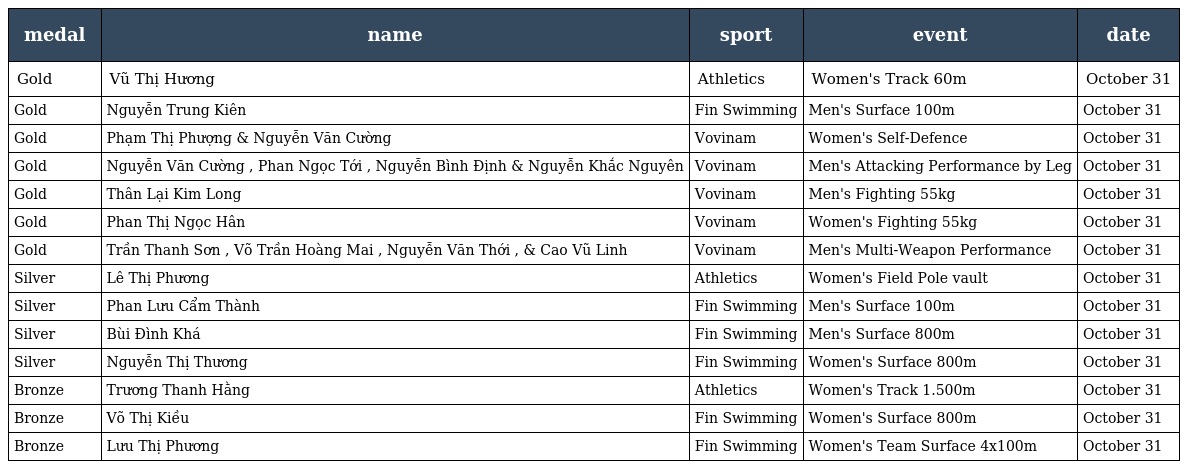
| medal | name | sport | event | date |
 | --- | --- | --- | --- | --- |
 | Gold | Vũ Thị Hương | Athletics | Women's Track 60m | October 31 |
 | Gold | Nguyễn Trung Kiên | Fin Swimming | Men's Surface 100m | October 31 |
 | Gold | Phạm Thị Phượng & Nguyễn Văn Cường | Vovinam | Women's Self-Defence | October 31 |
 | Gold | Nguyễn Văn Cường , Phan Ngọc Tới , Nguyễn Bình Định & Nguyễn Khắc Nguyên | Vovinam | Men's Attacking Performance by Leg | October 31 |
 | Gold | Thân Lại Kim Long | Vovinam | Men's Fighting 55kg | October 31 |
 | Gold | Phan Thị Ngọc Hân | Vovinam | Women's Fighting 55kg | October 31 |
 | Gold | Trần Thanh Sơn , Võ Trần Hoàng Mai , Nguyễn Văn Thới , & Cao Vũ Linh | Vovinam | Men's Multi-Weapon Performance | October 31 |
 | Silver | Lê Thị Phương | Athletics | Women's Field Pole vault | October 31 |
 | Silver | Phan Lưu Cẩm Thành | Fin Swimming | Men's Surface 100m | October 31 |
 | Silver | Bùi Đình Khá | Fin Swimming | Men's Surface 800m | October 31 |
 | Silver | Nguyễn Thị Thương | Fin Swimming | Women's Surface 800m | October 31 |
 | Bronze | Trương Thanh Hằng | Athletics | Women's Track 1.500m | October 31 |
 | Bronze | Võ Thị Kiều | Fin Swimming | Women's Surface 800m | October 31 |
 | Bronze | Lưu Thị Phương | Fin Swimming | Women's Team Surface 4x100m | October 31 |